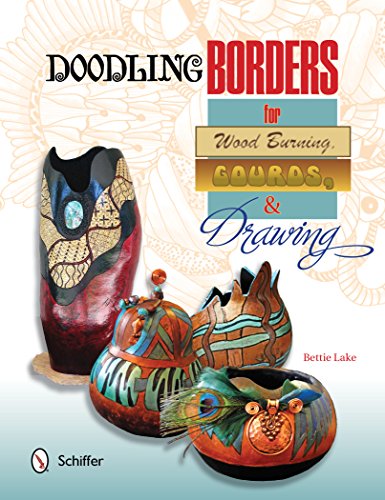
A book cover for Doodling Borders for Wood Burning, Gourds, & Drawing; Bettie Lake; Crafts, Hobbies & Home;